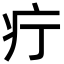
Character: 疔